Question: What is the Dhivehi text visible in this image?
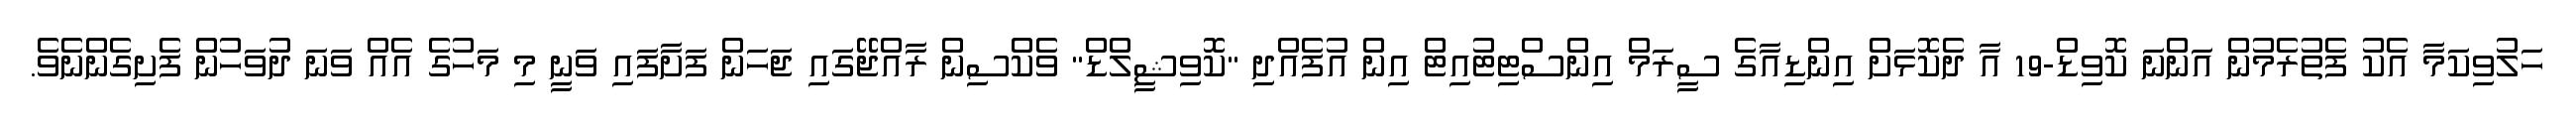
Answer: ހަލުވިކަމާ އެކު ފެތުރެމުން އަންނަ ކޮވިޑް-19 އާ ދެކޮޅަށް އިންޑިއާގެ ސީރަމް އިންސްޓިޓުއިޓް އިން އުފެއްދި "ކޮވިޝީލްޑް" ވެކްސިން ރާއްޖޭގައި ޖަހަން ފަށާފައި ވަނީ މި މަހުގެ އެއް ވަނަ ދުވަހުން ފެށިގެންނެވެ.